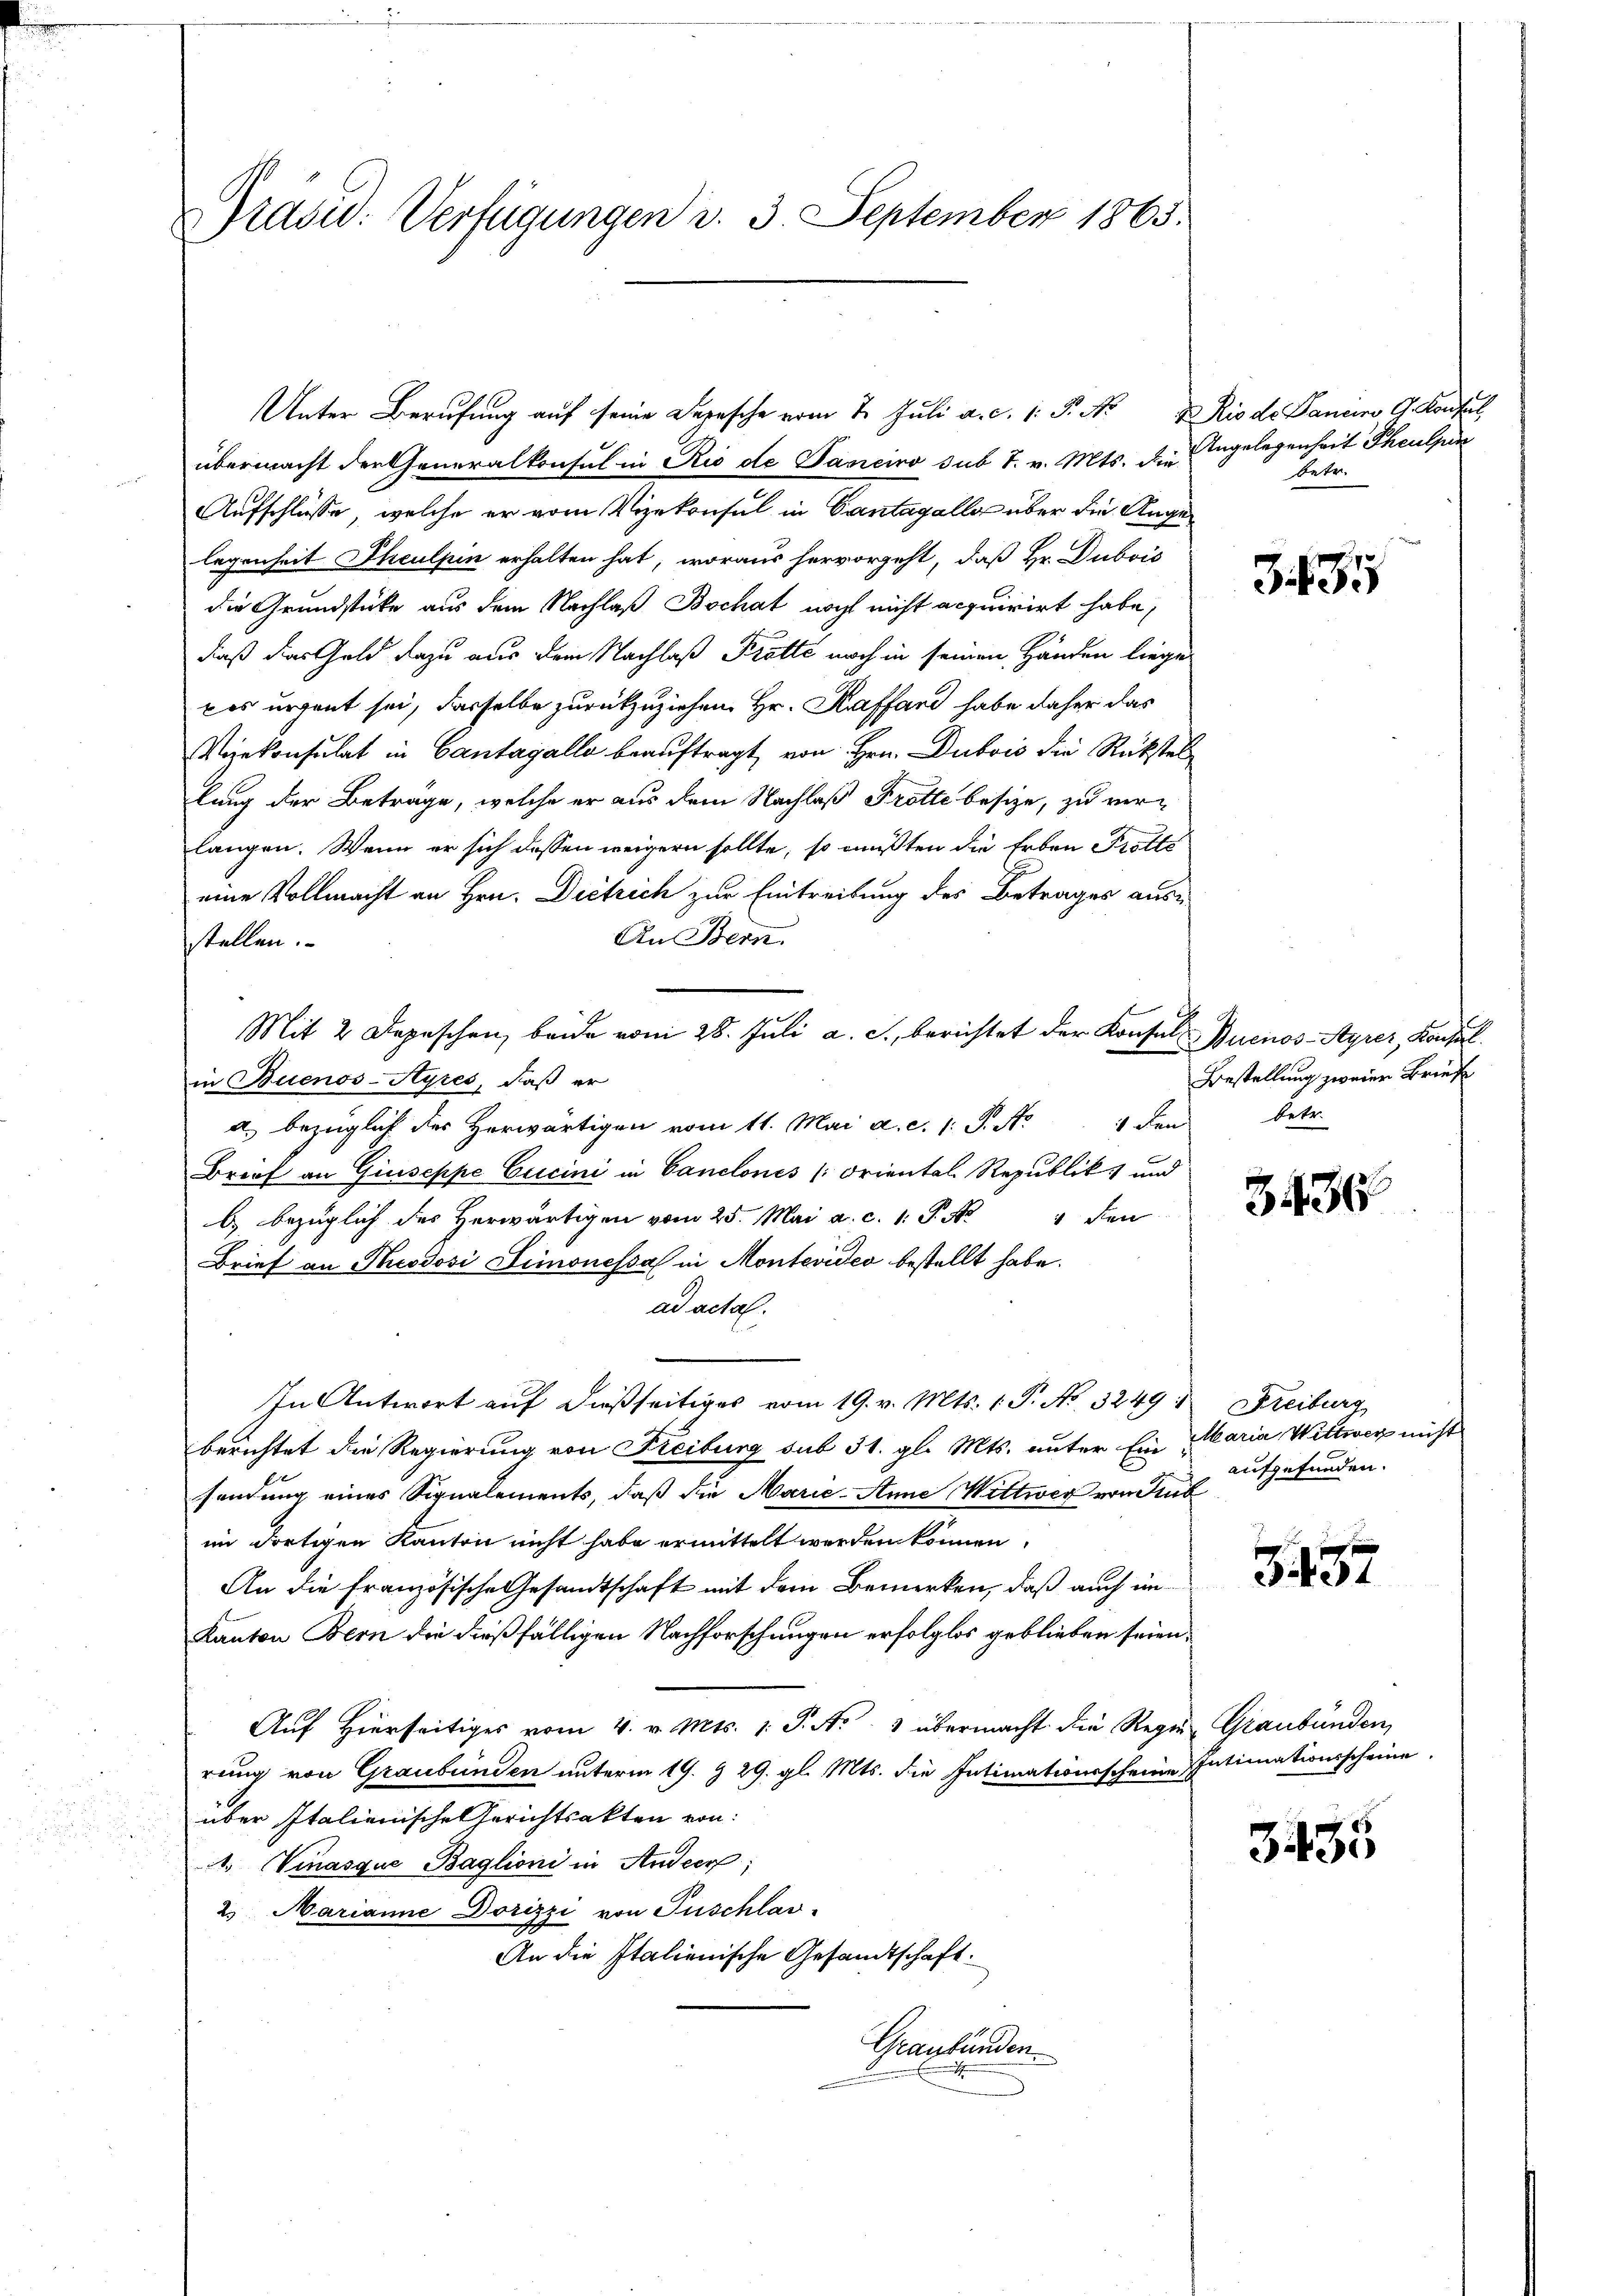
Prasid: Verfügungen d. 3. September 1865.

Unter Berufung auf seine Derasche vom 7. Juli a. c. 1. P. Nr. 4 Rio de Daneiro G. Kontral
übermacht der Generalkonsul in Rio de Janeiro sub 7. v. Mts. der Angelegenheit Theulpin
Aufschlüsse, welche er vom Vizekonsul in Cantagalle über die Angelegenheit Theulpin erhalten hat, woraus hervorgeht, daß Hr. Dubois
die Grundstücke aus dem Nachlaß Bochat noch nicht acquirirt habe,
daß das Geld dazu aus dem Nachlaß Krotte noch in seinen Händen liege
kes urgent sei, dasselbe zurückzuziehen Hr. Kraffand habe daher das
Vizekonsulat in Cantagalle beauftragt, von Hrn. Dubois die Rückstel
lung der Beträge, welche er aus dem Nachlaß Trotte besize, zu verlangen. Wenn er sich dessen weigern sollte, so mußten die Erben Trotte
eine Vollmacht an Hrn. Dietrich zur Eintreibung des Betrages aus-
An Bern
stellen.
Mit 2 Depeschen beide vom 28. Juli a. c., berichtet der Konsul Buenos-Ayrer, Konsul
in Buenos-Ayres, daß er
 den
a. bezüglich des Herwärtigen vom 11. Mai a. c. 1. P. M.
Brief an Giuseppe Cucini in Canclones (Oriental Republik und
b) bezüglich des Herwärtigen vom 25. Mai a. c. 1. P. Nr. 4 den
Brief an Theodovi Limonessa in Montevideo bestellt habe.
ad actal.
In Antwort auf dießseitiges vom 19. v. Mts. 1. P. No. 3249: Freiburg
berichtet die Regierung von Kreiburg sub 31. gl. Mts. unter Ein Maria Wittwer nicht
sendung eines Signalements, daß die Marie-Anne Wittwer von Sub
im dortigen Kanton nicht habe ermittelt werden können,
An die französische Gesandtschaft mit dem Bemerken, daß auch im
Kanton Bern die dießfälligen Nachforschungen erfolglos geblieben seien,
Aŭf Hierseitiges vom 4. v. Mts. 1. P. Nr. 3 übermacht die Regen Graubünden,
rung von Graubünden unterm 19. § 29. gl. Mts. die Intimationsscheine Intimationsscheine
über Italienische Gerichtsakten von
 Vinasque Baglioni in Ander;
2. Marianne Dorizzi von Puschlas-
An die Italienische Gesandtschaft.
Graubünden.

betr.

335

Bestellung zweier Brief
betr.

3436

aufgefunden.

§ 457

3435